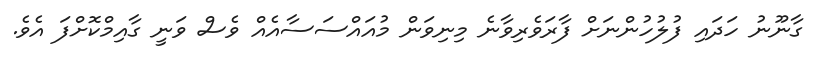
ގާނޫނު ހަދައި ފުލުހުންނަށް ފާރަވެރިވާނެ މިނިވަން މުއައްސަސާއެއް ވެސް ވަނީ ގާއިމްކޮށްފަ އެވެ.